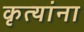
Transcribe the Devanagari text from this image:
कृत्यांना